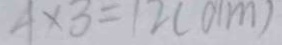
4 \times 3 = 1 2 ( d m )